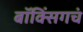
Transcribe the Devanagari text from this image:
बॉक्सिंगचं